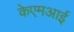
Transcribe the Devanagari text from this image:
केएमआई